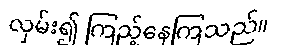
လှမ်း၍ ကြည့်နေကြသည်။